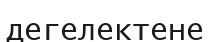
дегелектене